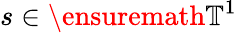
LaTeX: s\in\ensuremath{\mathbb{T}}^{1}